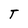
Character: T